Vaccination returns of the Province of Eastern Bengal and Assam - 1905-1912
Year: 1905
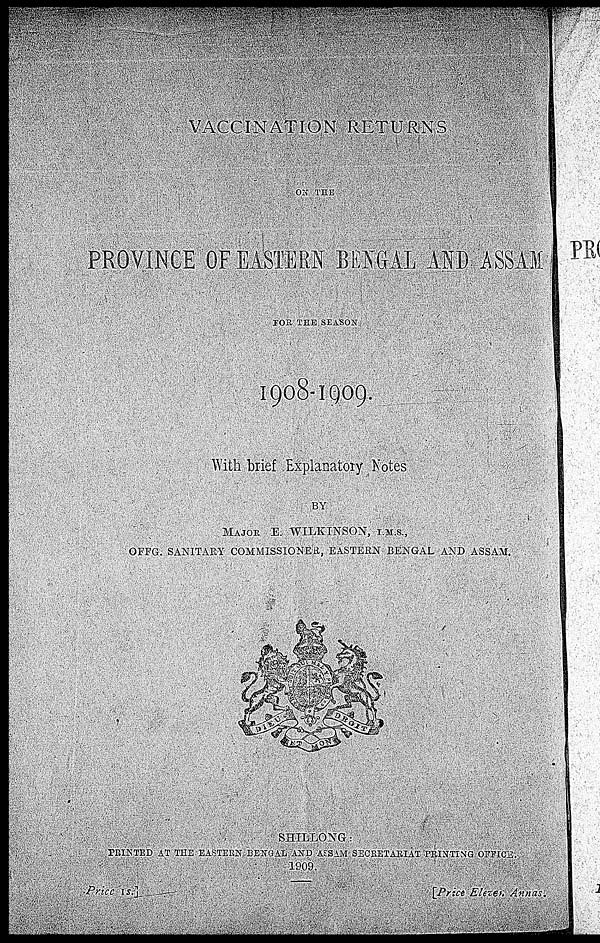
VACCINATION RETURNS
ON THE
PROVINCE OF EASTERN BENGAL AND ASSAM
FOR THE SEASON
1908-1909.
With brief Explanatory Notes
MAJOR E. WILKINSON, I.M.S.,
OFFG. SANITARY COMMISSIONER, EASTERN BENGAL AND ASSAM.
SHILLONG:
PRINTED AT THE EASTERN BENGAL AND ASSAM SECRETARIAT PRINTING OFFICE.
1909.
Price 1s.]
[Price Eleven Annas.